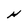
Character: H